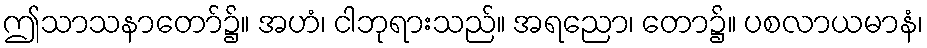
ဤသာသနာတော်၌။ အဟံ၊ ငါဘုရားသည်။ အရညော၊ တော၌။ ပစလာယမာနံ၊